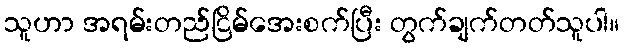
သူဟာ အရမ်းတည်ငြိမ်အေးစက်ပြီး တွက်ချက်တတ်သူပါ။